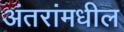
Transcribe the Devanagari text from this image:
अंतरांमधील